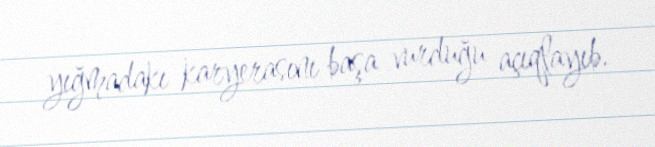
yığmadakı karyerasını başa vurduğu açıqlayıb.